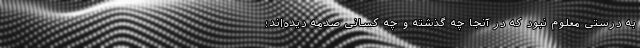
به درستی معلوم نبود که در آنجا چه گذشته و چه کسانی صدمه دیده‌اند؛